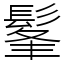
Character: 髼